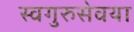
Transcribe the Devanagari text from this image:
स्वगुरुसेवया